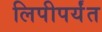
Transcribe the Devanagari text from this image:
लिपीपर्यंत